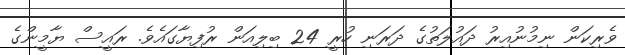
ވެރިކަން ނިމުނުއިރު ދައުލަތުގެ ދަރަނި ހުރީ 24 ބިލިއަން ރުފިޔާގައެވެ. ރައީސް ޔާމީންގެ